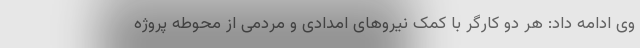
وی ادامه داد: هر دو کارگر با کمک نیروهای امدادی و مردمی از محوطه پروژه